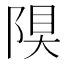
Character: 𨺆